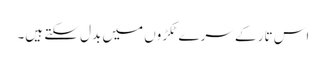
اس تار کے سرے ٹکڑوں میں بدل سکتے ہیں۔